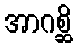
အာဂစ္ဆိ